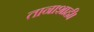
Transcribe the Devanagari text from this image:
तानाशाही।